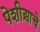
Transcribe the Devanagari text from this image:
पेशीद्र्वाचे